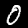
Label: 0